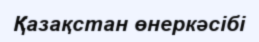
Қазақстан өнеркәсібі